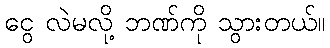
ငွေ လဲမလို့ ဘဏ်ကို သွားတယ်။